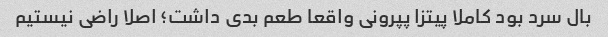
بال سرد بود کاملا پیتزا پپرونی واقعا طعم بدی داشت؛ اصلا راضی نیستیم